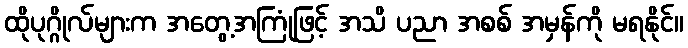
ထိုပုဂ္ဂိုလ်များက အတွေ့အကြုံဖြင့် အသိ ပညာ အစစ် အမှန်ကို မရနိုင်။